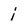
Character: i